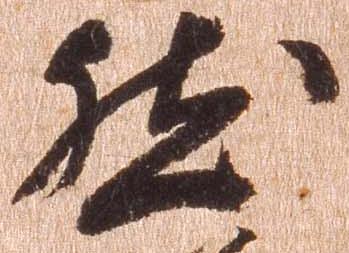
然